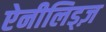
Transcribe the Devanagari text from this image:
ऐनीलिड्ज़